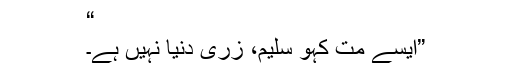
“
”ایسے مت کہو سلیم، زری دنیا نہیں ہے۔